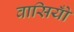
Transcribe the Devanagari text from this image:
वासियोँ